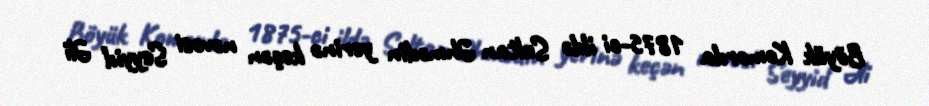
Böyük Komorda 1875-ci ildə Sultan Əhmədin yerinə keçən nəvəsi Seyyid Əli